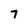
Character: 7